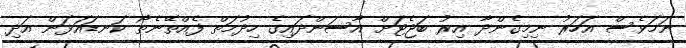
ނަމަވެސް އަހަރު ނިމިގެންދާ އިރު ބަޖެޓަށް އާސަންދައިގެ ހިދުމަތް ފެއްތޭނެތޯ ކަނޑައަޅަން އަދި